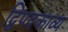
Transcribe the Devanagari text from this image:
द्विपदकाव्य